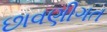
છાવણીગત